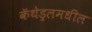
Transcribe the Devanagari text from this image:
कॅथेड्रलमधील